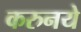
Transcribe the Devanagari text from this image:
करुनये